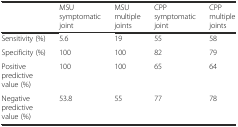
|  | MSU symptomatic joint | MSU multiple joints | CPP symptomatic joint | CPP multiple joints |
 | --- | --- | --- | --- | --- |
 | Sensitivity (%) | 5.6 | 19 | 55 | 58 |
 | Specificity (%) | 100 | 100 | 82 | 79 |
 | Positive predictive value (%) | 100 | 100 | 65 | 64 |
 | Negative predictive value (%) | 53.8 | 55 | 77 | 78 |